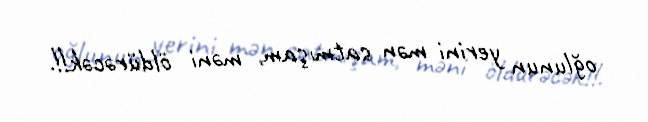
oğlunun yerini mən satmışam, məni öldürəcək!!.